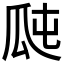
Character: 𤫭